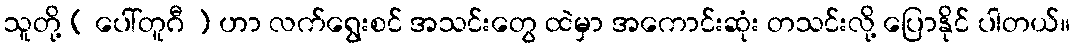
သူတို့ ( ပေါ်တူဂီ ) ဟာ လက်ရွေးစင် အသင်းတွေ ထဲမှာ အကောင်းဆုံး တသင်းလို့ ပြောနိုင် ပါတယ်။